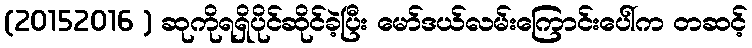
(20152016 ) ဆုကိုရရှိပိုင်ဆိုင်ခဲ့ပြီး မော်ဒယ်လမ်းကြောင်းပေါ်က တဆင့်